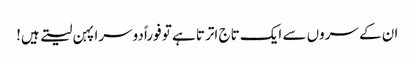
ان کے سروں سے ایک تاج اترتا ہے تو فوراً دوسرا پہن لیتے ہیں!